Vaccination in the Punjab 1897-1904 - 1897-1904
Year: 1897
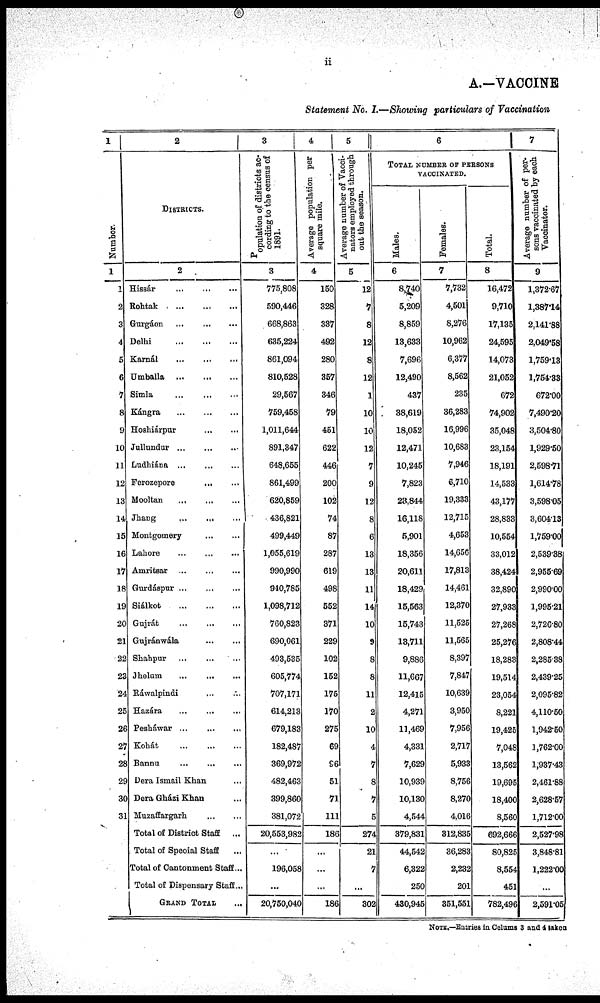
ii
A.-VACCINE
Statement No. I.—Showing particulars of Vaccination
1
1
1
2
3
4
5
6
7
8
9
10
11
12
13
14
15
16
17
18
19
20
21
22
23
24
25
26
27
28
29
30
31
2
DISTRICTS.
2
Hissár
...
...
...
Rohtak ... ... ...
Gurgáon
...
...
...
Delhi
...
...
...
Karnál
...
...
...
Umballa
...
...
...
Simla
...
...
...
Kángra
...
...
...
Hoshiárpur
...
...
...
Jullundur
...
...
...
Ludhiána ... ... ...
Ferozepore
...
...
...
Mooltan
...
...
...
Jhang
...
...
...
Montgomery ... ... ...
Lahore
...
...
...
Amritsar
...
...
...
Gurdáspur
...
...
...
Siálkot
...
...
...
Gujrát
...
...
...
Gujránwála
...
...
...
Shahpur ... ... ...
Jhelum
...
...
...
Ráwalpindi ... ... ...
Hazára
...
...
...
Pesháwar
...
...
...
Kohát ... ... ...
Bannu ... ... ...
Dera Ismail Khan ... ... ...
Dera Gházi Khan ... ... ...
Muzaffargarh ... ... ...
Total of District Staff
...
Total of Special Staff ...
Total of Cantonment Staff ...
Total of Dispensary Staff ...
GRAND TOTAL ...
3
Population of districts ac-
cording to the census of
1891.
3
775,808
590,446
668,863
635,224
861,094
810,528
29,567
759,458
1,011,644
891,347
648,655
861,499
620,859
436,821
499,449
1,055,619
990,990
940,785
1,098,712
760,823
690,061
493,535
605,774
707,171
614,213
679,183
182,487
369,972
482,463
399,860
381,072
20,553,982
...
196,058
...
20,750,040
4
Average population per
square mile.
4
150
328
337
492
280
357
346
79
451
622
446
200
102
74
87
287
619
498
552
371
229
102
152
175
170
275
69
96
51
71
111
186
...
...
...
186
5
Average number of Vacci¬
nators employed through
out the season.
5
12
7
8
12
8
12
1
10
10
12
7
9
12
8
6
13
13
11
14
10
9
8
8
11
2
10
4
7
8
7
5
274
21
7
...
302
6
TOTAL NUMBER OF PERSONS
VACCINATED.
Males.
6
8,740
5,209
8,859
13,633
7,696
12,490
437
38,619
18,052
12,471
10,245
7,823
23,844
16,118
5,901
18,356
20,611
18,429
15,563
15,743
13,711
9,886
11,667
12,415
4,271
11,469
4,331
7,629
10,939
10,130
4,544
379,831
44,542
6,322
250
430,945
Females.
7
7,732
4,501
8,276
10,962
6,377
8,562
235
36,283
16,996
10,683
7,946
6,710
19,333
12,715
4,653
14,656
17,813
14,461
12,370
11,525
11,565
8,397
7,847
10,639
3,950
7,956
2,717
5,933
8,756
8,270
4,016
312,835
36,283
2,232
201
351,551
Total.
8
16,472
9,710
17,135
24,595
14,073
21,052
672
74,902
35,048
23,154
18,191
14,533
43,177
28,833
10,554
33,012
38,424
32,890
27,933
27,268
25,276
18,283
19,514
23,054
8,221
19,425
7,048
13,562
19,695
18,400
8,560
692,666
80,825
8,554
451
782,496
7
Average number of per-
sons vaccinated by each
Vaccinator.
9
1,372.67
1,387.14
2,141.88
2,049.58
1,759.13
1,754.33
672.00
7,490.20
3,504.80
1,929.50
2,598.71
1,614.78
3,598.05
3,604.13
1,759.00
2,539.38
2,955.69
2,990.00
1,995.21
2,726.80
2,808.44
2,285.38
2,439.25
2,095.82
4,110.50
1,942.50
1,762.00
1,937.43
2,461.88
2,628.57
1,712.00
2,527.98
3,848.81
1,222.00
...
2,591.05
NOTE.—Entries in Columns 3 and 4 taken